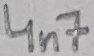
Text: 4n7